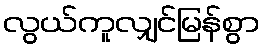
လွယ်ကူလျှင်မြန်စွာ